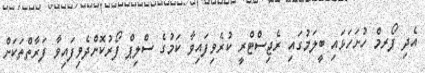
އެދި ފޯރމް ހުށަހަޅައި ބީލަމުގައި ރެޖިސްޓްރީ ކުރެވިފައިވާ ކަމުގެ ސްލިޕްް ފޯރުކޮށްދެވިފައިވާ ފަރާތްތަކަށް